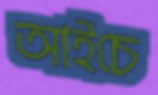
আইচে